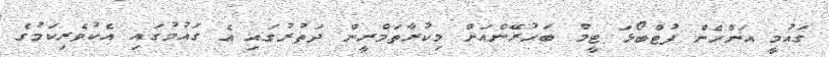
ގައުމީ އަންހެން ފުޓްބޯޅަ ޓީމް ބަހުރޭންއަށް މިކުރާތަމްރީން ދަތުރުގައި އެ ގައުމުގައި އެކުވެރިކަމުގެ